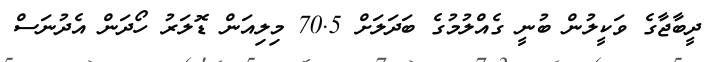
ދީބާޖާގެ ވަކީލުން ބުނީ ގެއްލުމުގެ ބަދަލަށް 70.5 މިލިއަން ޑޮލަރު ހޯދަން އެދުނަސް